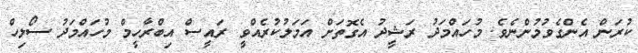
ކުރަން އެންގެވުމުންނެވެ. މުހައްމަދު ރަޝީދު އެގޮތަށް އަމަލުކުރެއްވީ ރައީސް އިބްރާހީމް މުހައްމަދު ސޯލިހް